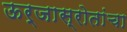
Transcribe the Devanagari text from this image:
ऊर्जास्रोतांचा